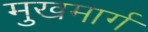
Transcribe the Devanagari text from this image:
मुखमार्ग